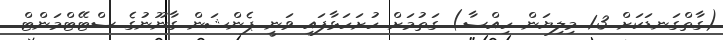
(ގާތްގަނޑަކަށް 1.3 މިލިޔަން ހިއްސާ) ގަތުމަށް ހުށަހަޅާފައި ވަނީ ޕެންޝަން ގާނޫނުގެ ސްޓޭޓްމަންޓް